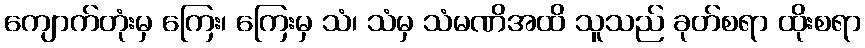
ကျောက်တုံးမှ ကြေး၊ ကြေးမှ သံ၊ သံမှ သံမဏိအထိ သူသည် ခုတ်စရာ ထိုးစရာ